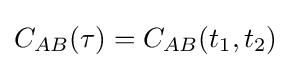
C_{AB}(\tau )=C_{AB}(t_{1},t_{2})